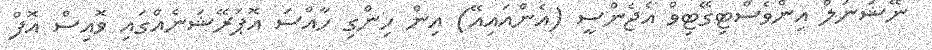
ނޭޝަނަލް އިންވެސްޓިގޭޓިވް އެޖެންސީ (އެންއައިއޭ) އިން ހިންގި ހާއްސަ އޮޕަރޭޝަނެއްގައި ވޮއިސް އޮފް